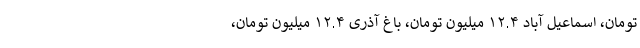
تومان، اسماعیل آباد ۱۲.۴ میلیون تومان، باغ آذری ۱۲.۴ میلیون تومان،